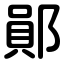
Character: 鄖